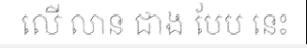
លើ លាន ជាង បែប នេះ